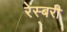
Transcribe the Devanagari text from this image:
रेस्बरी